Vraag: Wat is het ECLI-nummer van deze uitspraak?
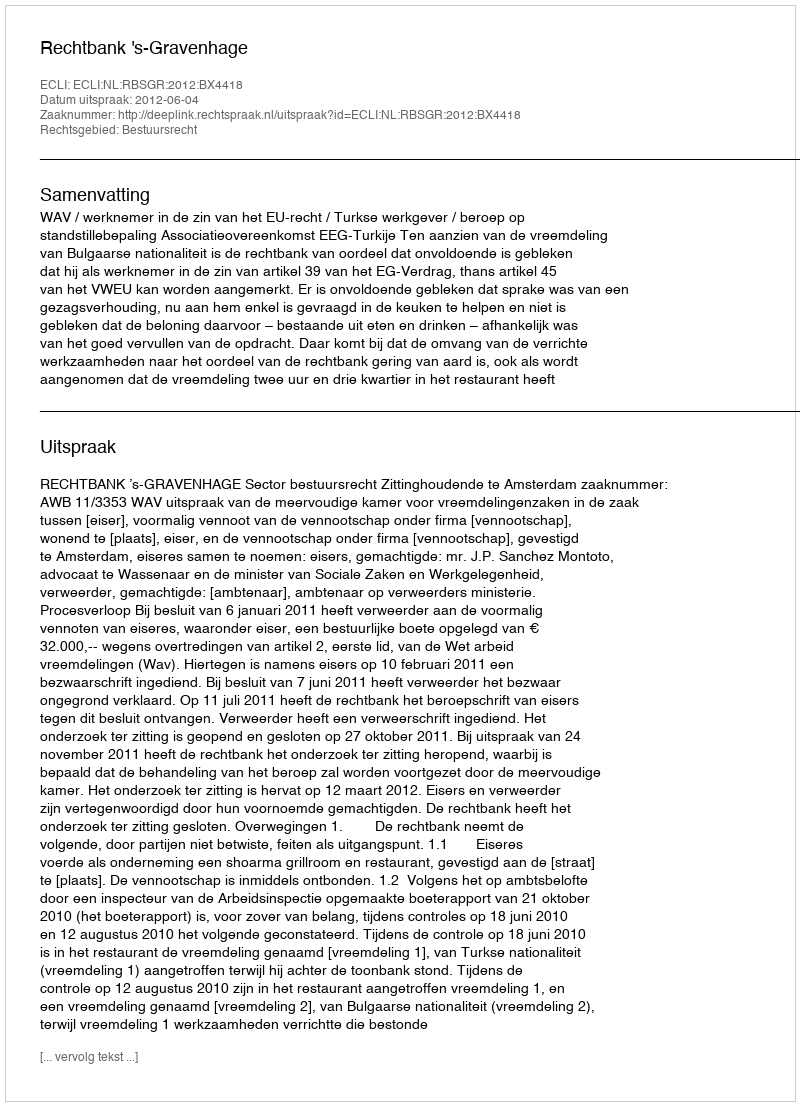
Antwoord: ECLI:NL:RBSGR:2012:BX4418